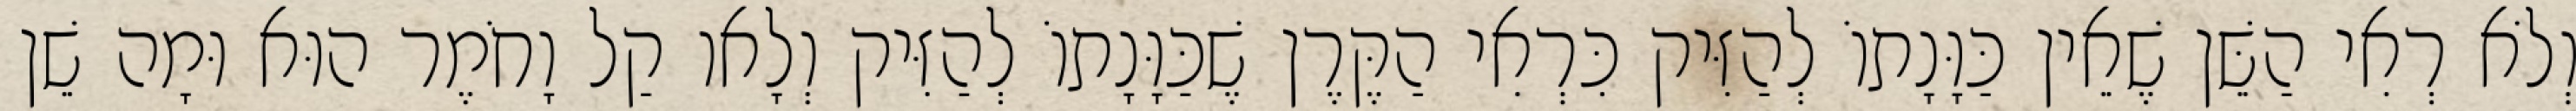
וְלֹא רְאִי הַשֵּׁן שֶׁאֵין כַּוָּנָתוֹ לְהַזִּיק כִּרְאִי הַקֶּרֶן שֶׁכַּוָּנָתוֹ לְהַזִּיק וְלָאו קַל וָחֹמֶר הוּא וּמָה שֵׁן